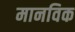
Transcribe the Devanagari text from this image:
मानविक